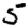
Digit: 5